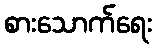
စားသောက်ရေး